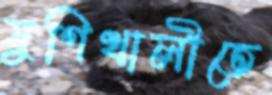
যুগিখালীতে